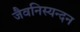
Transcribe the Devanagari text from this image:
जैवनिस्यन्दन